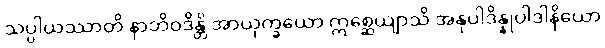
သပ္ပါယဿာတိ နာဘိဝဒိန္တိ အာယုက္ခယော ဣစ္ဆေယျာသိ အနုပါဒိန္နုပါဒါနိယော